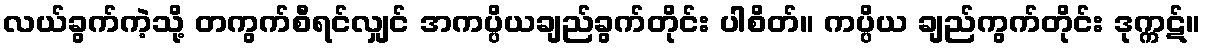
လယ်ခွက်ကဲ့သို့ တကွက်စီရင်လျှင် အကပ္ပိယချည်ခွက်တိုင်း ပါစိတ်။ ကပ္ပိယ ချည်ကွက်တိုင်း ဒုက္ကဋ်။